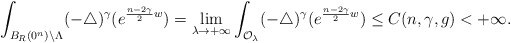
\begin{align*}\int_{B_{R}(0^n)\setminus\Lambda}(-\triangle)^{\gamma}(e^{\frac{n-2\gamma}{2}w})=\lim\limits_{\lambda\rightarrow+\infty}\int_{ \mathcal{O}_{\lambda}}(-\triangle)^{\gamma}(e^{\frac{n-2\gamma}{2}w})\leq C(n,\gamma,g)<+\infty.\end{align*}